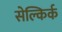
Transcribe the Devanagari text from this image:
सेल्किर्क